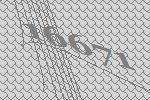
16671